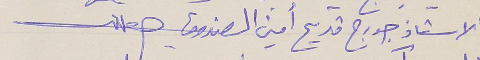
الاستاذ جورج قديح أمين الصندوق علك